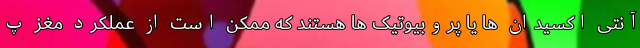
آنتی اکسیدان ها یا پروبیوتیک ها هستند که ممکن است از عملکرد مغز پ